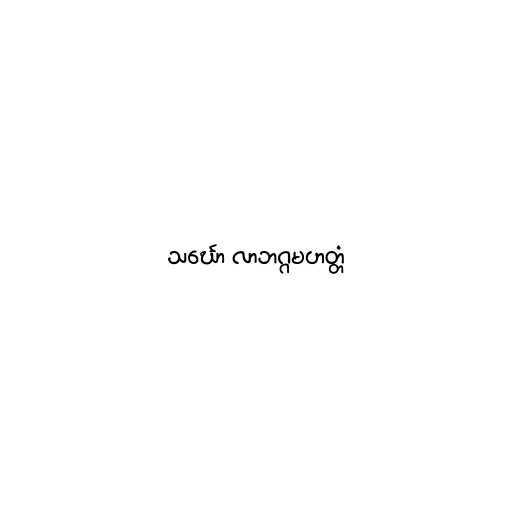
သင်္ဃော လာဘဂ္ဂမဟတ္တံ